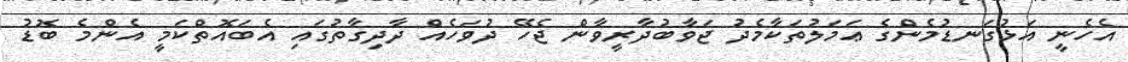
އެހެނީ އަޅުގަނޑުމެންގެ ޢަމަލުތަކާމެދު ޖަވާބުދާރީވާން ޖެހޭ ދުވަހެއް ދާދިގާތުގައި އެބައޮތްކަމީ އެންމެ ބޮޑު